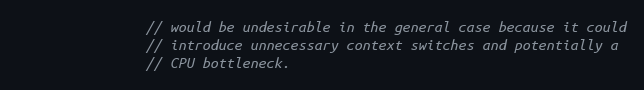
Language: C
                // would be undesirable in the general case because it could
                // introduce unnecessary context switches and potentially a
                // CPU bottleneck.